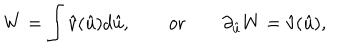
W = \int \hat { v } ( \hat { u } ) d \hat { u } , \qquad \mathrm { o r } \qquad \partial _ { \hat { u } } W = \hat { v } ( \hat { u } ) ,